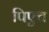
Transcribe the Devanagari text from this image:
पिएच